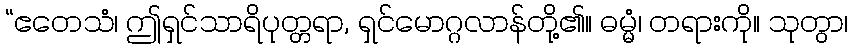
“ဧတေသံ၊ ဤရှင်သာရိပုတ္တရာ, ရှင်မောဂ္ဂလာန်တို့၏။ ဓမ္မံ၊ တရားကို။ သုတွာ၊